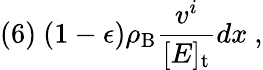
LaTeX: (6)\ (1-\epsilon)\rho_{\mathrm{B}}\frac{v^{i}}{[E]_{\mathrm{t}}}dx\ ,